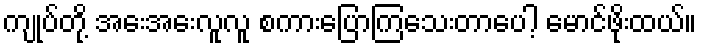
ကျုပ်တို့ အေးအေးလူလူ စကားပြောကြသေးတာပေါ့ မောင်ဖိုးထယ်။